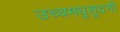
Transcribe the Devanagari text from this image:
उच्चमधुसुदनी